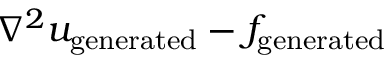
\nabla ^ { 2 } u _ { \mathrm { g e n e r a t e d } } - f _ { \mathrm { g e n e r a t e d } }